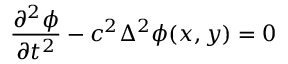
\frac { \partial ^ { 2 } \phi } { \partial t ^ { 2 } } - c ^ { 2 } \Delta ^ { 2 } \phi ( x , y ) = 0